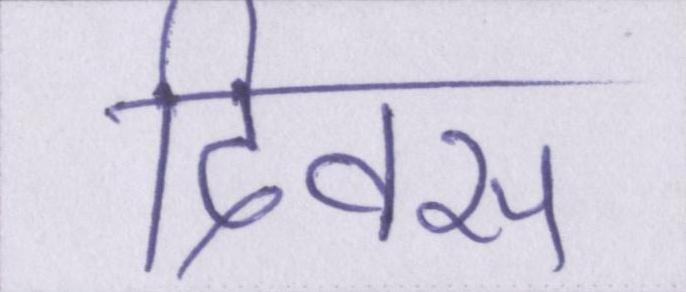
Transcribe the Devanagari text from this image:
दिवस